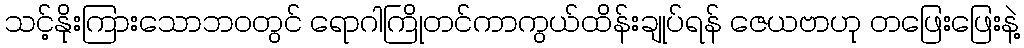
သင့်နိုးကြားသောဘဝတွင် ရောဂါကြိုတင်ကာကွယ်ထိန်းချုပ်ရန် ဇေယဗာဟု တဖြေးဖြေးနဲ့